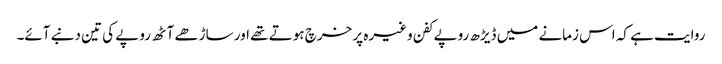
روایت ہے کہ اس زمانے میں ڈیڑھ روپے کفن وغیرہ پر خرچ ہوتے تھے اور ساڑھے آٹھ روپے کی تین دنبے آئے۔